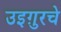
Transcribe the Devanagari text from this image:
उइग़ुरचे